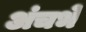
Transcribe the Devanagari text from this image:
अंचभे